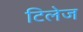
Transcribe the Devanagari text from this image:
टिलेज